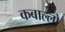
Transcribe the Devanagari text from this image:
कबाल्लो